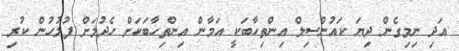
އަދި ނިމިގެން ދިޔަ ކައުންސިލް އިންތިހާބަކީ އަމާން އިންތިހާބަކަށް ހެދުމަށް ފުލުހުން ކުރި